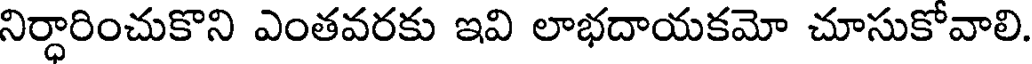
నిర్ధారించుకొని ఎంతవరకు ఇవి లాభదాయకమో చూసుకోవాలి